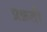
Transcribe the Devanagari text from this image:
प्रक्रती